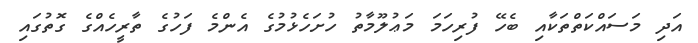
އަދި މަސައްކަތްތަކާއި ބެހޭ ފުރިހަމަ މަޢުލޫމާތު ހުށަހެޅުމުގެ އެންމެ ފަހުގެ ތާރީހެއްގެ ގޮތުގައި